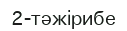
2-тәжірибе